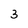
Character: 3